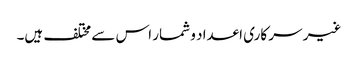
غیر سر کاری اعداد و شمار اس سے مختلف ہیں۔